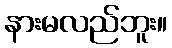
နားမလည်ဘူး။